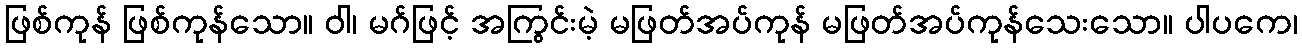
ဖြစ်ကုန် ဖြစ်ကုန်သော။ ဝါ၊ မဂ်ဖြင့် အကြွင်းမဲ့ မဖြတ်အပ်ကုန် မဖြတ်အပ်ကုန်သေးသော။ ပါပကေ၊